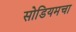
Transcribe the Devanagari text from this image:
सोडियमचा